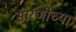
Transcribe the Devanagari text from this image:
सारणीच्या